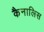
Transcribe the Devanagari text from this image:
कैनालिस